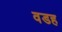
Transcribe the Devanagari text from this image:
वडह